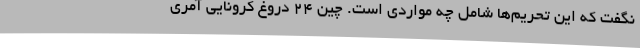
نگفت که این تحریم‌ها شامل چه مواردی است. چین 24 دروغ کرونایی آمری